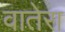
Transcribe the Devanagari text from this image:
वातेरा